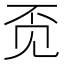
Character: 𲁑